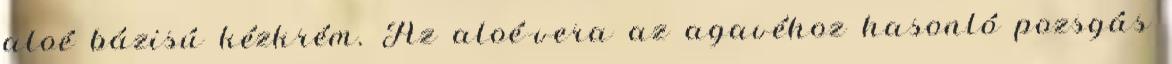
aloé bázisú kézkrém. Az aloé-vera az agavéhoz hasonló pozsgás